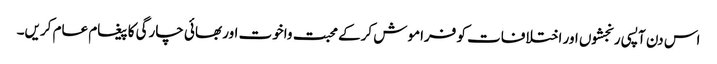
اس دن آپسی رنجشوں اور اختلافات کو فراموش کرکے محبت واخوت اور بھائی چارگی کا پیغام عام کریں۔